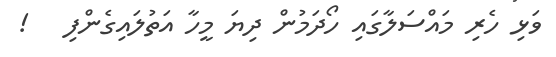
ވަޅި ހެރި މައްސަލާގައި ހޯދަމުން ދިޔަ މީހާ އަތުލައިގެންފި   !